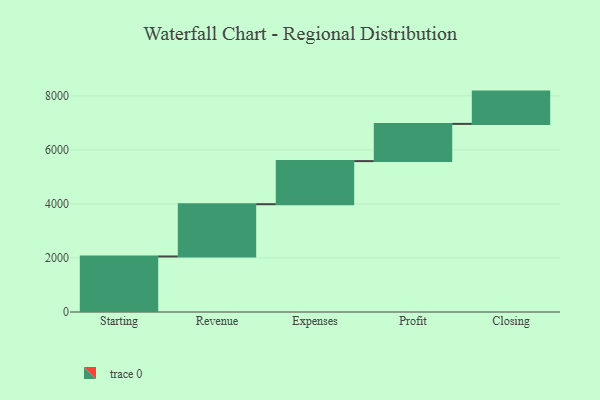
{"axis": {"x": "Step", "y": "Value"}, "legend": [""], "data": [{"x": "Starting", "y": 2055.0, "type": ""}, {"x": "Revenue", "y": 1934.0, "type": ""}, {"x": "Expenses", "y": 1595.0, "type": ""}, {"x": "Profit", "y": 1377.0, "type": ""}, {"x": "Closing", "y": 1195.0, "type": ""}]}